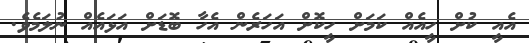
އެއީ ކުށް ހީއެއް ކަމަށް ހީކޮށް އަހަރެން އެހާ ބޮޑަށް އަޅައެއް ނުލަމެވެ.